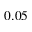
0 . 0 5